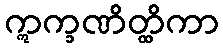
ဣက္ခဏိတ္ထိကာ